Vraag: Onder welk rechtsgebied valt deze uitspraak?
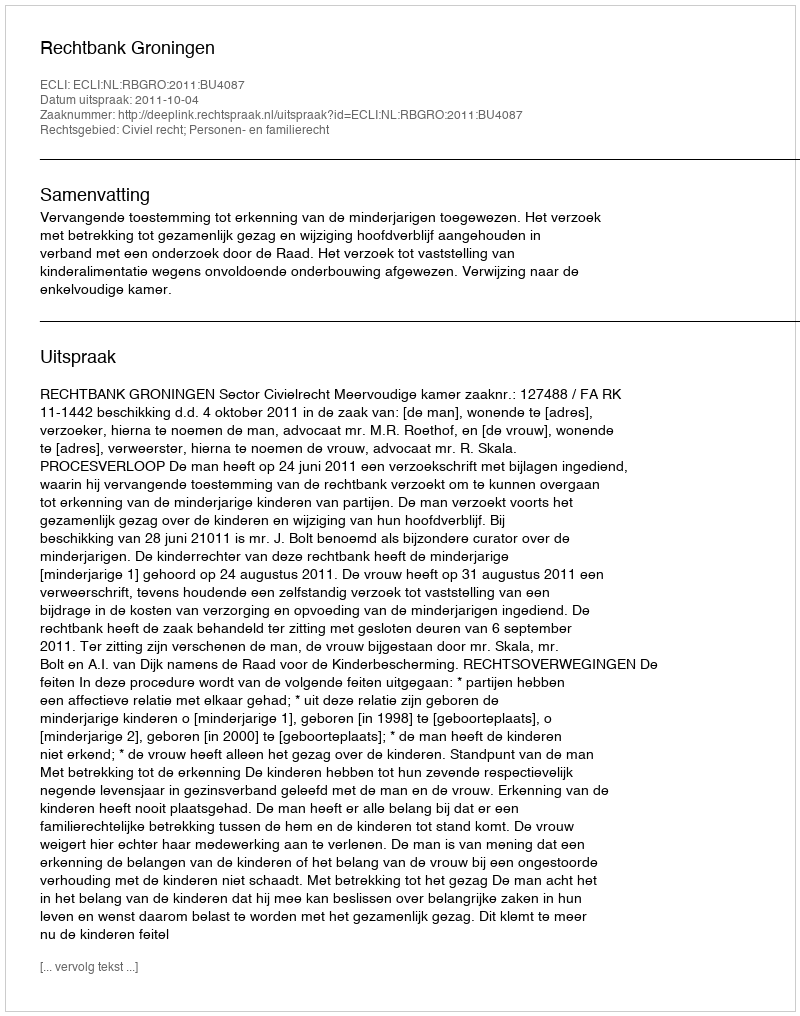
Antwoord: Civiel recht; Personen- en familierecht